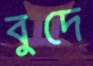
বুদে